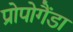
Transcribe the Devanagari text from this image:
प्रोपोगैंडा